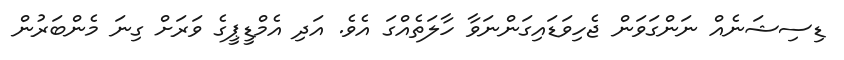
ޑިސިޝަނެއް ނަންގަވަން ޖެހިވަޑައިގަންނަވާ ހާލަތެއްގަ އެވެ. އަދި އެމްޑީޕީގެ ވަރަށް ގިނަ މެންބަރުން